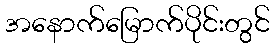
အနောက်မြောက်ပိုင်းတွင်